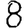
Digit: 8